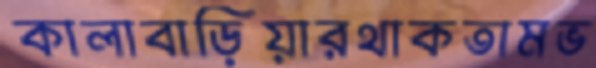
কালাবাড়িয়ারথাকতামভ